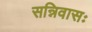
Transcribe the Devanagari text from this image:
सन्निवासः